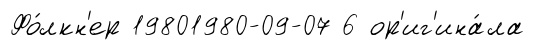
Фо́лкн'ер 19801980-09-07 6 ор'иг'ина́ла